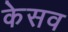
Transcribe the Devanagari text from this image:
केसव